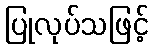
ပြုလုပ်သဖြင့်